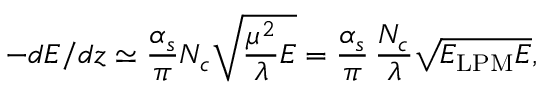
- d E / d z \simeq \frac { \alpha _ { s } } { \pi } N _ { c } \sqrt { \frac { \mu ^ { 2 } } { \lambda } E } = \frac { \alpha _ { s } } { \pi } \, \frac { N _ { c } } { \lambda } \sqrt { E _ { \mathrm { L P M } } E } ,